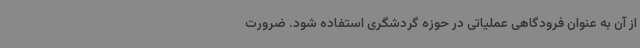
از آن به عنوان فرودگاهی عملیاتی در حوزه گردشگری استفاده شود. ضرورت